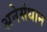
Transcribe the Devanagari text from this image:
अनेसंधान